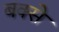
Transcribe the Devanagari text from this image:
बक्‍से